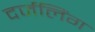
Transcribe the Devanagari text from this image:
दर्जलिंग